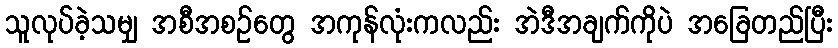
သူလုပ်ခဲ့သမျှ အစီအစဉ်တွေ အကုန်လုံးကလည်း အဲဒီအချက်ကိုပဲ အခြေတည်ပြီး